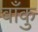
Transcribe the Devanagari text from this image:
बाँकु